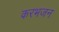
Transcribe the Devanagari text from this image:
करभजन